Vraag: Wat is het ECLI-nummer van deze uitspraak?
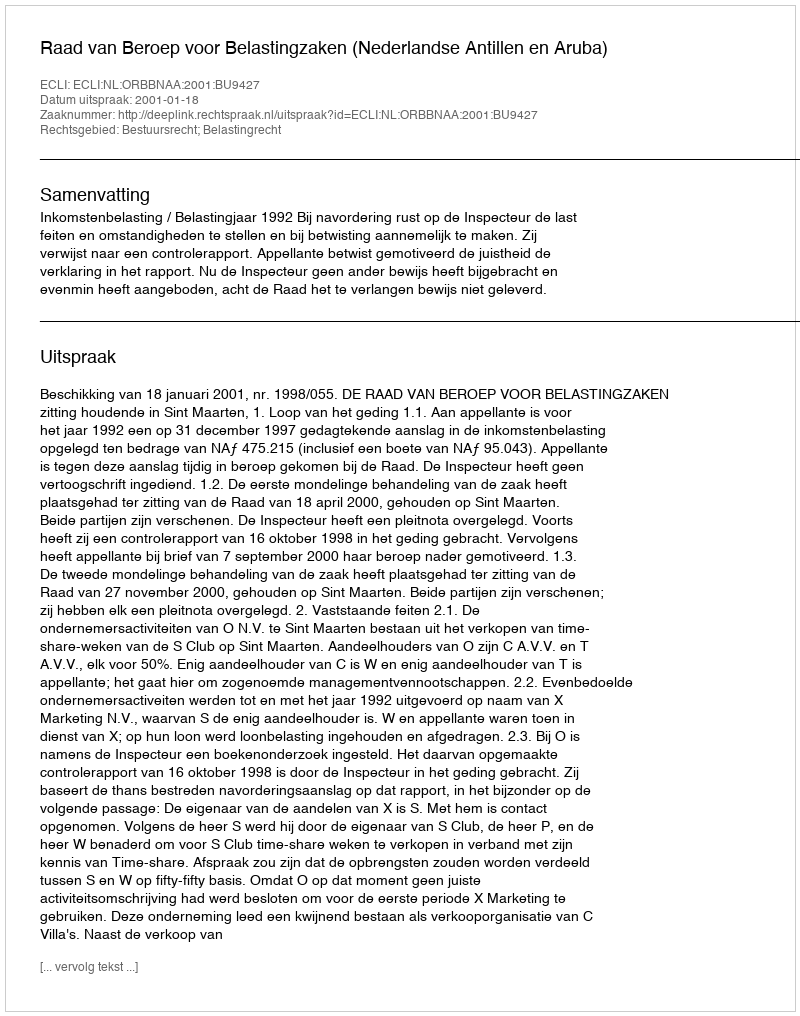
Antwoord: ECLI:NL:ORBBNAA:2001:BU9427